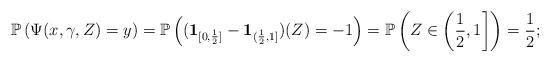
LaTeX: \begin{align*}\mathbb{P}\left(\Psi(x,\gamma,Z)=y\right)= \mathbb{P}\left(( \mathbf{1}_{[0, \frac{1}{2}]} - \mathbf{1}_{(\frac{1}{2},1]} )(Z)=-1\right)=\mathbb{P}\left(Z \in \left(\frac{1}{2},1\right]\right)=\frac{1}{2};\end{align*}